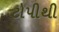
ટોપીથી